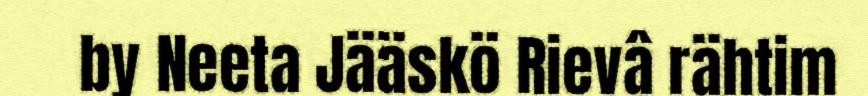
by Neeta Jääskö Rievâ rähtim